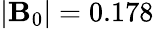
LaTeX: |\mathbf{B}_{0}|=0.178